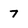
Character: 7